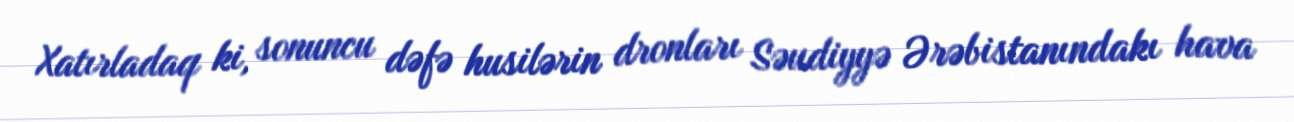
Xatırladaq ki, sonuncu dəfə husilərin dronları Səudiyyə Ərəbistanındakı hava